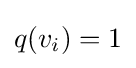
q(v_{i})=1